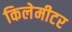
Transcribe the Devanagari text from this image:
किलेमीटर